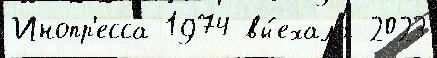
Инопр'есса 1974 вы́ехала 2023